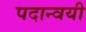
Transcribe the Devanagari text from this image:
पदान्वयी